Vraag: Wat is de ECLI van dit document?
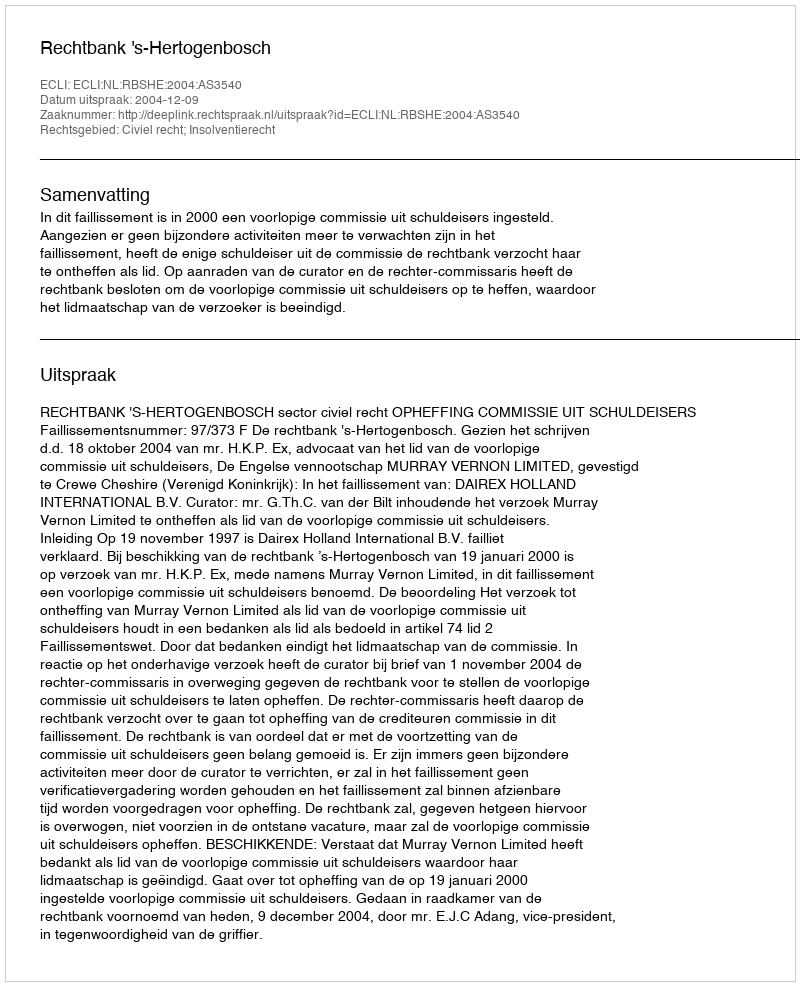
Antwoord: ECLI:NL:RBSHE:2004:AS3540